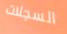
السجلات